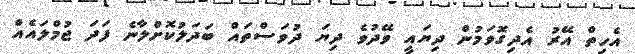
އެހިތް އޭރު އެދިގޮވަމުން ދިޔައީ ވޭދުވެ ދިޔަ ދުވަސްތައް ބަދަލުކޮށްލާނެ ފަދަ ޖުމްލައެއް